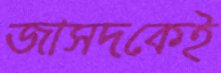
জাসদকেই